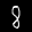
Label: 8